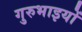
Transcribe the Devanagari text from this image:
गुरुभाइयों